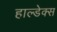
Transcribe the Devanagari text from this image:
हाल्डेक्स